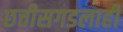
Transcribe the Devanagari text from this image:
छत्तीसगडलाही